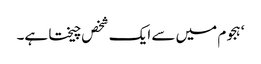
‘ ہجوم میں سے ایک شخص چیختا ہے۔